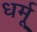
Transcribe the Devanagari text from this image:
धर्मू